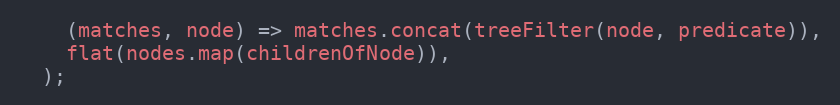
Language: JavaScript
    (matches, node) => matches.concat(treeFilter(node, predicate)),
    flat(nodes.map(childrenOfNode)),
  );